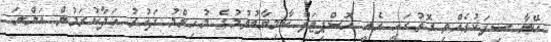
އޭނާ ސިފަކުރެއްވި ގޮތުގައި އެއީ ހޮސްޕިޓަލް ކާމިޔާބުވުމުގެ މުހިންމު ދައުރު އަދާކުރަމުން އަންނަ